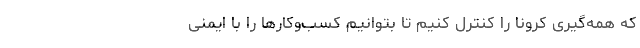
که همه‌گیری کرونا را کنترل کنیم تا بتوانیم کسب‌وکارها را با ایمنی